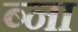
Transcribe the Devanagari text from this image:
ब्ना